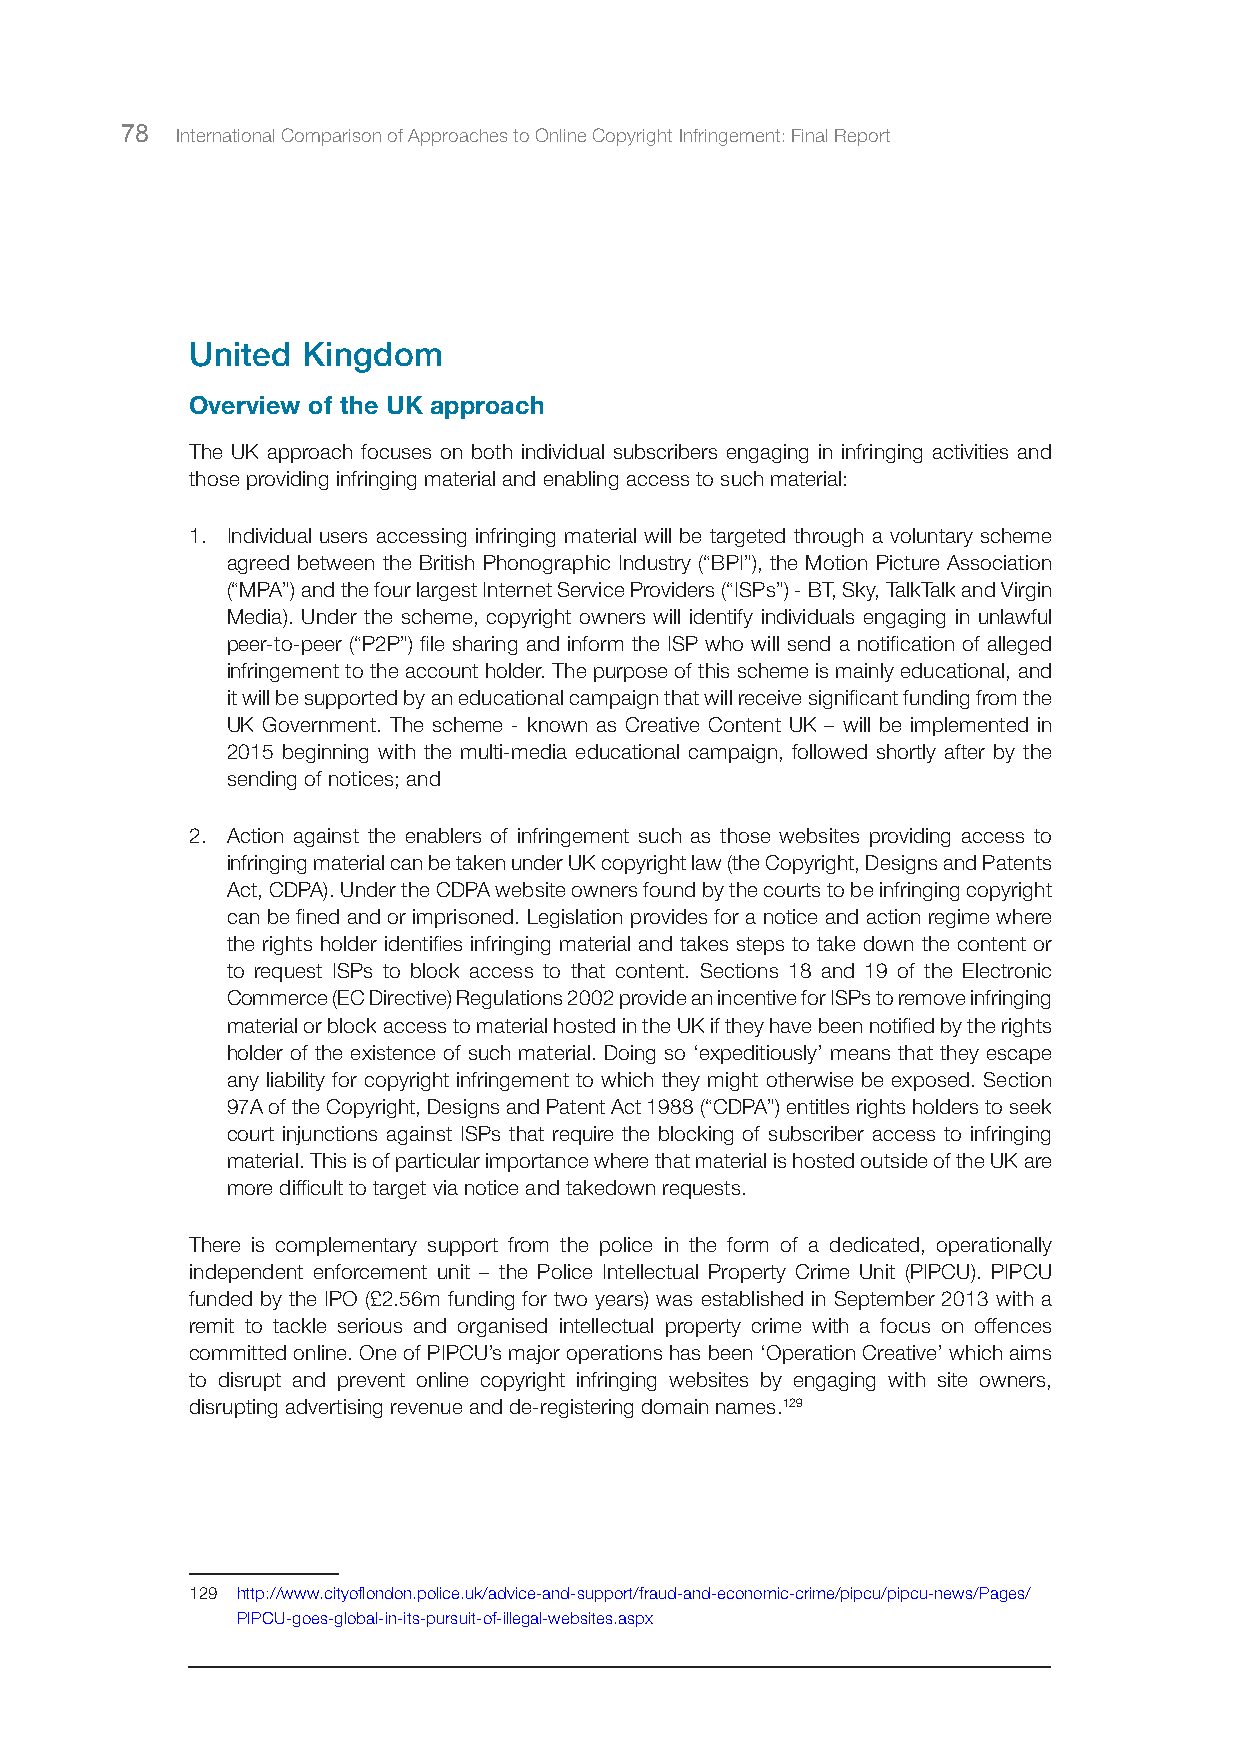
78  International Comparison of Approaches to Online Copyright Infringement: Final Report
 United Kingdom
 Overview of the UK approach
 The UK approach focuses on both individual subscribers engaging in infringing activities and
 those providing infringing material and enabling access to such material:
 1. Individual users accessing infringing material will be targeted through a voluntary scheme
 agreed between the British Phonographic Industry (“BPI”), the Motion Picture Association
 (“MPA”) and the four largest Internet Service Providers (“ISPs”) - BT, Sky, TalkTalk and Virgin
 Media). Under the scheme, copyright owners will identify individuals engaging in unlawful
 peer-to-peer (“P2P”) file sharing and inform the ISP who will send a notification of alleged
 infringement to the account holder. The purpose of this scheme is mainly educational, and
 it will be supported by an educational campaign that will receive significant funding from the
 UK Government. The scheme - known as Creative Content UK – will be implemented in
 2015 beginning with the multi-media educational campaign, followed shortly after by the
 sending of notices; and
 2. Action against the enablers of infringement such as those websites providing access to
 infringing material can be taken under UK copyright law (the Copyright, Designs and Patents
 Act, CDPA). Under the CDPA website owners found by the courts to be infringing copyright
 can be fined and or imprisoned. Legislation provides for a notice and action regime where
 the rights holder identifies infringing material and takes steps to take down the content or
 to request ISPs to block access to that content. Sections 18 and 19 of the Electronic
 Commerce (EC Directive) Regulations 2002 provide an incentive for ISPs to remove infringing
 material or block access to material hosted in the UK if they have been notified by the rights
 holder of the existence of such material. Doing so ‘expeditiously’ means that they escape
 any liability for copyright infringement to which they might otherwise be exposed. Section
 97A of the Copyright, Designs and Patent Act 1988 (“CDPA”) entitles rights holders to seek
 court injunctions against ISPs that require the blocking of subscriber access to infringing
 material. This is of particular importance where that material is hosted outside of the UK are
 more difficult to target via notice and takedown requests.
 There is complementary support from the police in the form of a dedicated, operationally
 independent enforcement unit – the Police Intellectual Property Crime Unit (PIPCU). PIPCU
 funded by the IPO (£2.56m funding for two years) was established in September 2013 with a
 remit to tackle serious and organised intellectual property crime with a focus on offences
 committed online. One of PIPCU’s major operations has been ‘Operation Creative’ which aims
 to disrupt and prevent online copyright infringing websites by engaging with site owners,
 disrupting advertising revenue and de-registering domain names.129
 129 http://www.cityoflondon.police.uk/advice-and-support/fraud-and-economic-crime/pipcu/pipcu-news/Pages/
 PIPCU-goes-global-in-its-pursuit-of-illegal-websites.aspx